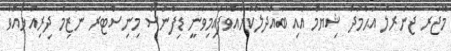
މޭޖަރ ޖެނެރަލް އަޙްމަދު ޝިޔާމް އާއި ބައްދަލުކުރައްވާފައިމިވަނީ ޑިފެންސް މިނިސްޓަރ ނާޒިމް ދިރިއުޅުއްވާ